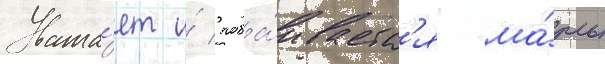
Уважа́ет и́ поба́иваетс'я ма́ть